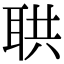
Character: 𦕠